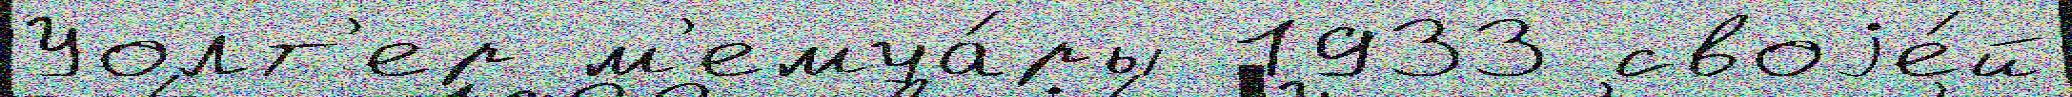
Уолт'ер м'емуа́ры 1933 своjе́й